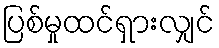
ပြစ်မှုထင်ရှားလျှင်